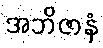
အဘိဇာနံ